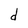
Character: d